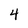
Character: 4